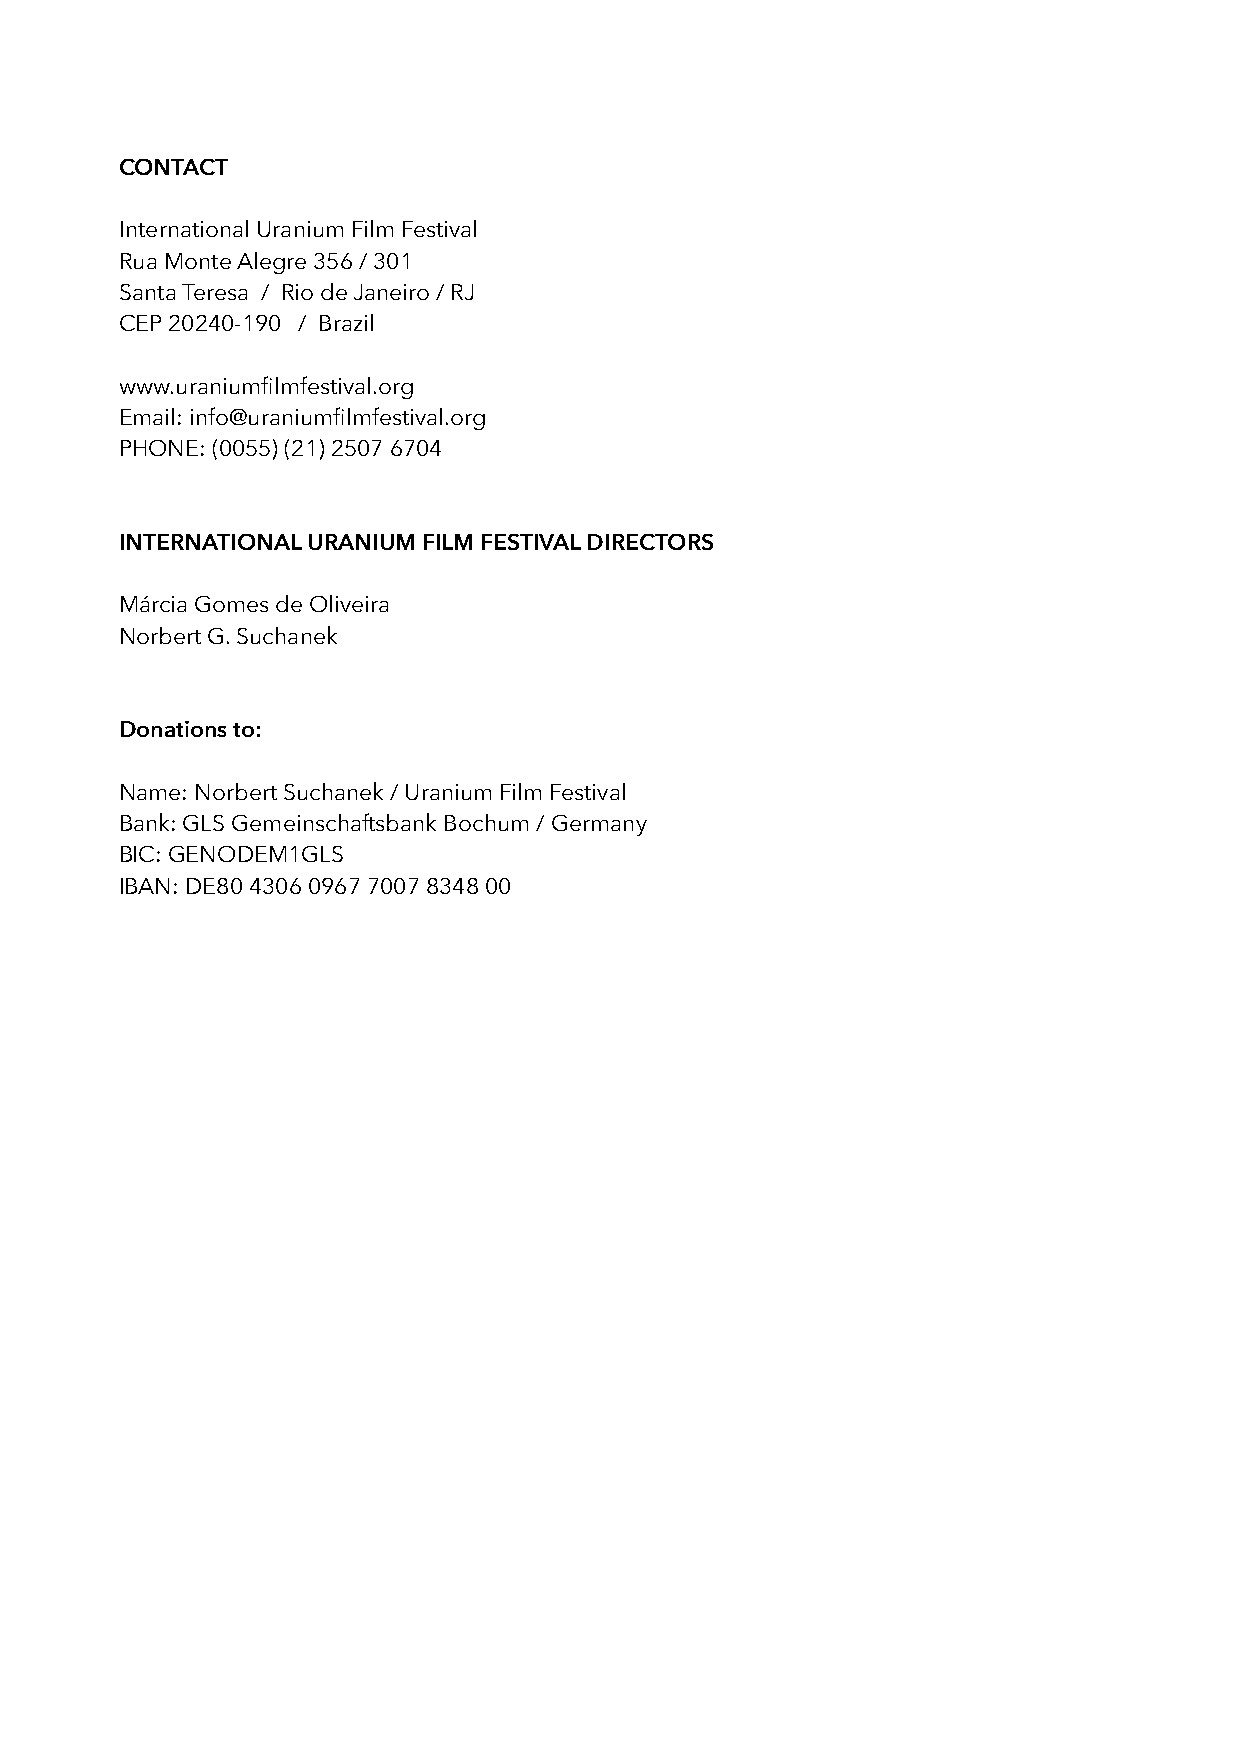
CONTACT
 International Uranium Film Festival
 Rua Monte Alegre 356 / 301
 Santa Teresa / Rio de Janeiro / RJ
 CEP 20240-190 / Brazil
 www.uraniumfilmfestival.org
 Email: info@uraniumfilmfestival.org
 PHONE: (0055) (21) 2507 6704
 INTERNATIONAL URANIUM FILM FESTIVAL DIRECTORS
 Márcia Gomes de Oliveira
 Norbert G. Suchanek
 Donations to:
 Name: Norbert Suchanek / Uranium Film Festival
 Bank: GLS Gemeinschaftsbank Bochum / Germany
 BIC: GENODEM1GLS
 IBAN: DE80 4306 0967 7007 8348 00